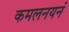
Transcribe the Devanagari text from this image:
कमलनयनं